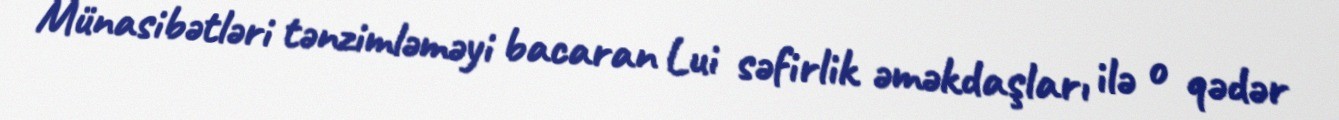
Münasibətləri tənzimləməyi bacaran Lui səfirlik əməkdaşları ilə o qədər